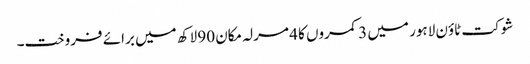
شوکت ٹاؤن لاہور میں 3 کمروں کا 4 مرلہ مکان 90 لاکھ میں برائے فروخت۔